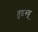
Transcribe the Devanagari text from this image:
तुडरुन्नू